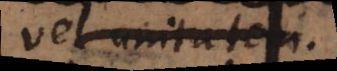
vel unitate